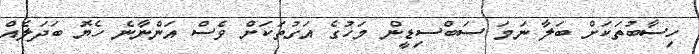
ހިސާބުތަކަށް ބަލާ ނަމަ ސަބްސިޑީން މަހުގެ އަގުތަކަށް ވެސް އަންނާނެ ހެޔޮ ބަދަލެއް